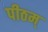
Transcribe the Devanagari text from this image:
पीठम्